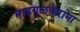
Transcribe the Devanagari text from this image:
माडगूळकरांना